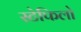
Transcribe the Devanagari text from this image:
स्टेफिलो